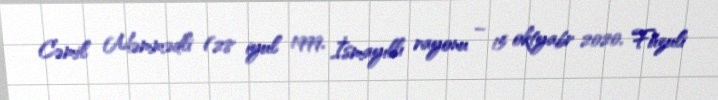
Cəmil Məmmədli (28 iyul 1999, İsmayıllı rayonu – 15 oktyabr 2020, Füzuli